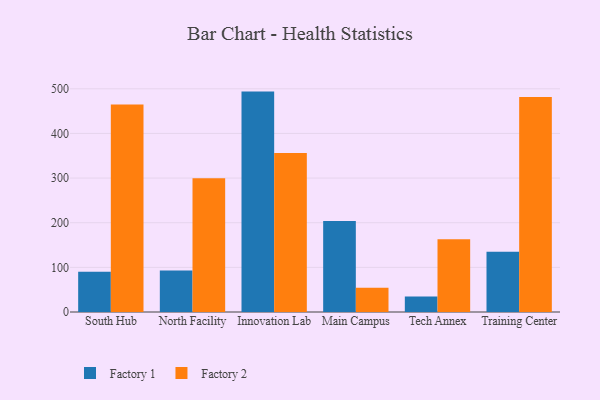
{"axis": {"x": "Campus", "y": "Page Views"}, "legend": ["Factory 1", "Factory 2"], "data": [{"x": "South Hub", "y": 89.9, "type": "Factory 1"}, {"x": "South Hub", "y": 465.0, "type": "Factory 2"}, {"x": "North Facility", "y": 92.7, "type": "Factory 1"}, {"x": "North Facility", "y": 299.6, "type": "Factory 2"}, {"x": "Innovation Lab", "y": 493.7, "type": "Factory 1"}, {"x": "Innovation Lab", "y": 356.0, "type": "Factory 2"}, {"x": "Main Campus", "y": 204.0, "type": "Factory 1"}, {"x": "Main Campus", "y": 54.4, "type": "Factory 2"}, {"x": "Tech Annex", "y": 34.9, "type": "Factory 1"}, {"x": "Tech Annex", "y": 162.9, "type": "Factory 2"}, {"x": "Training Center", "y": 135.2, "type": "Factory 1"}, {"x": "Training Center", "y": 481.5, "type": "Factory 2"}]}